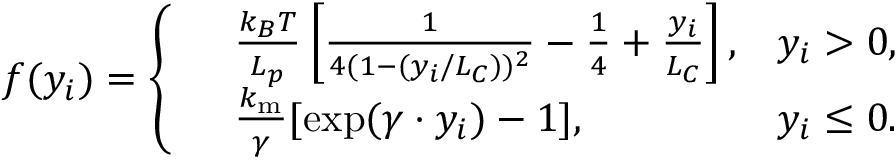
f ( y _ { i } ) = \left\{ \begin{array} { r l r } & { \frac { k _ { B } T } { L _ { p } } \left[ \frac { 1 } { 4 ( 1 - ( y _ { i } / L _ { C } ) ) ^ { 2 } } - \frac { 1 } { 4 } + \frac { y _ { i } } { L _ { C } } \right] , } & { y _ { i } > 0 , } \\ & { \frac { k _ { \mathrm { m } } } { \gamma } [ \exp ( \gamma \cdot y _ { i } ) - 1 ] , } & { y _ { i } \le 0 . } \end{array} \right.